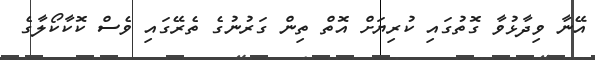
އޭނާ ވިދާޅުވާ ގޮތުގައި ކުރިޔަށް އޮތް ތިން ގަރުނުގެ ތެރޭގައި ވެސް ކޮކާކޯލާގެ